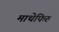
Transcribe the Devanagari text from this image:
माथेफिरु